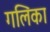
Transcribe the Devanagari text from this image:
गलिंका